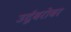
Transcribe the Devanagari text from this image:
उर्दूबरोबर